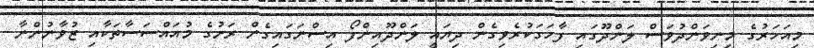
މިއަހަރުގެ މިނިވަންދުވަސް ލަންދޫގައި ފާހަގަކުރެވިގެން ދިޔައީ ލަންދޫއިންފޯ އިސްނަގައިގެން ރަށުގެ މުއައްސަސާތަކާއި ޒުވާނުންނާ